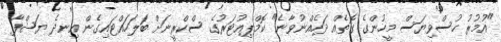
"އުމުރު ހުސްވިޔަސް މީހުންގެ ގޮތެއް ދަހެއްނުވާނެ" ކޮމްޕިއުޓަރުގެ ސްކްރީނަށް ބަލަހައްޓައިގެން އިނދެ ޔަޝްފާ